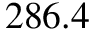
2 8 6 . 4